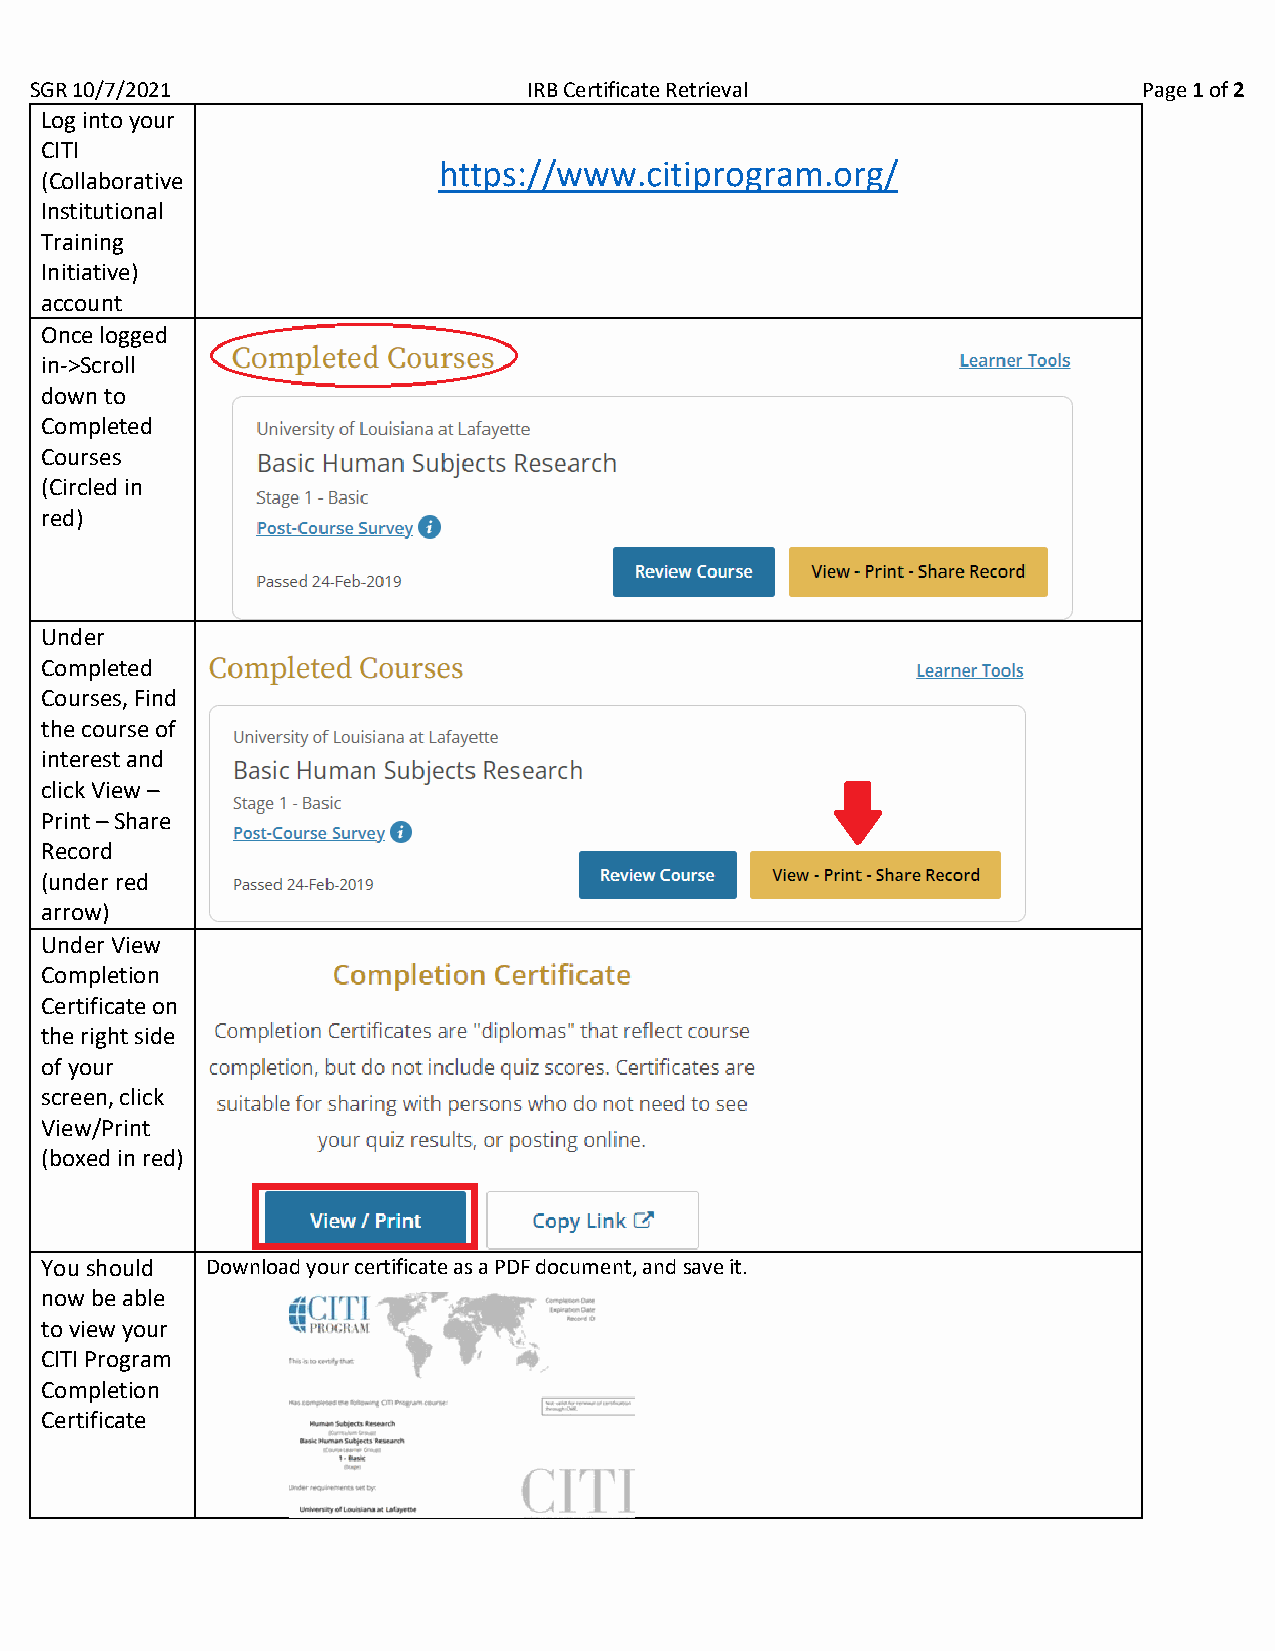
SGR 10/7/2021                    IRB Certificate Retrieval                Page 1 of 2
 Log into your
 CITI
 https://www.citiprogram.org/
 (Collaborative
 Institutional
 Training
 Initiative)
 account
 Once logged
 in->Scroll
 down to
 Completed
 Courses
 (Circled in
 red)
 Under
 Completed
 Courses, Find
 the course of
 interest and
 click View –
 Print – Share
 Record
 (under red
 arrow)
 Under View
 Completion
 Certificate on
 the right side
 of your
 screen, click
 View/Print
 (boxed in red)
 You should Download your certificate as a PDF document, and save it.
 now be able
 to view your
 CITI Program
 Completion
 Certificate